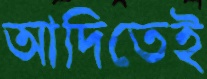
আদিতেই